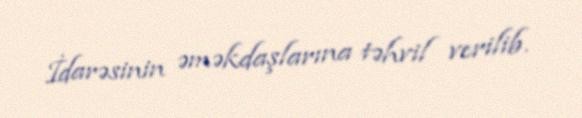
İdarəsinin əməkdaşlarına təhvil verilib.